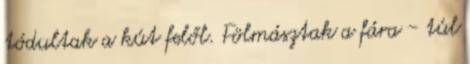
tódultak a kút felől. Fölmásztak a fára - túl